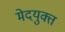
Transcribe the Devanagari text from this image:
मेदयुक्त